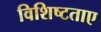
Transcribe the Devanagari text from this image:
विशिष्टताए